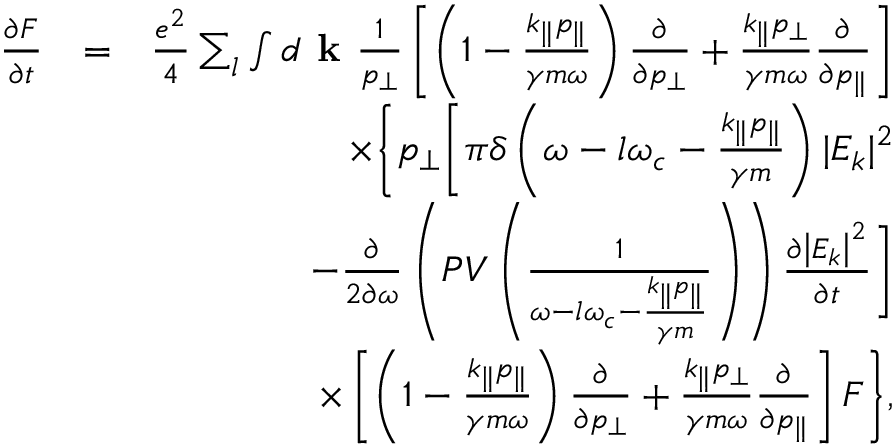
\begin{array} { r l r } { \frac { \partial F } { \partial t } } & { = } & { \frac { e ^ { 2 } } { 4 } \sum _ { l } \int d \textbf { k } \frac { 1 } { p _ { \perp } } \left[ \left( 1 - \frac { k _ { \parallel } p _ { \parallel } } { \gamma m \omega } \right) \frac { \partial } { \partial p _ { \perp } } + \frac { k _ { \parallel } p _ { \perp } } { \gamma m \omega } \frac { \partial } { \partial p _ { \parallel } } \right] } \\ & { } & { \times \Bigg \lbrace p _ { \perp } \Bigg [ \pi \delta \left( \omega - l \omega _ { c } - \frac { k _ { \parallel } p _ { \parallel } } { \gamma m } \right) | E _ { k } | ^ { 2 } } \\ & { } & { - \frac { \partial } { 2 \partial \omega } \left( P V \left( \frac { 1 } { \omega - l \omega _ { c } - \frac { k _ { \parallel } p _ { \parallel } } { \gamma m } } \right) \right) \frac { \partial \left| E _ { k } \right| ^ { 2 } } { \partial t } \Bigg ] } \\ & { } & { \times \left[ \left( 1 - \frac { k _ { \parallel } p _ { \parallel } } { \gamma m \omega } \right) \frac { \partial } { \partial p _ { \perp } } + \frac { k _ { \parallel } p _ { \perp } } { \gamma m \omega } \frac { \partial } { \partial p _ { \parallel } } \right] F \Bigg \rbrace , } \end{array}